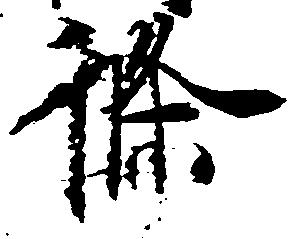
条